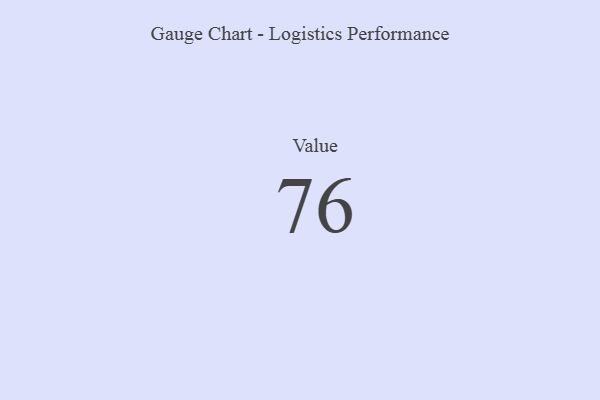
{"axis": {"x": "Metric", "y": "Value"}, "legend": [""], "data": [{"x": "Value", "y": 76, "type": ""}]}